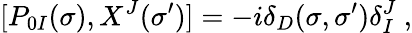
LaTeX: [P_{0I}(\sigma),X^{J}(\sigma^{\prime})]=-i\delta_{D}(\sigma,\sigma^{\prime})\delta_{I}^{J}\ ,